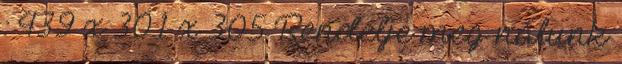
: 439 x 301 x 305 Rendelje meg nálunk